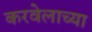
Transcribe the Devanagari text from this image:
करवेलाच्या